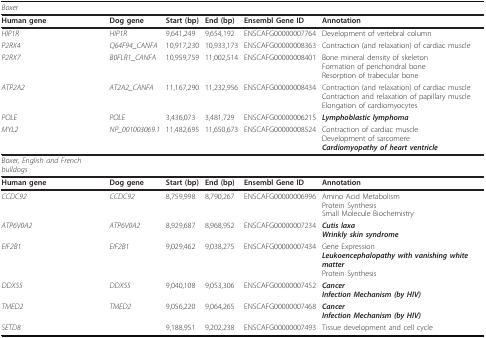
<table><thead><tr><td><b><i>Boxer</i></b></td><td></td><td></td><td></td><td></td><td></td></tr></thead><tbody><tr><td><b>Human gene</b></td><td><b>Dog gene</b></td><td><b>Start (bp)</b></td><td><b>End (bp)</b></td><td><b>Ensembl Gene ID</b></td><td><b>Annotation</b></td></tr><tr><td><i>HIP1R</i></td><td><i>HIP1R</i></td><td>9,641,249</td><td>9,654,192</td><td>ENSCAFG00000007764</td><td>Development of vertebral column</td></tr><tr><td><i>P2RX4</i></td><td><i>Q64F94_CANFA</i></td><td>10,917,230</td><td>10,933,173</td><td>ENSCAFG00000008363</td><td>Contraction (and relaxation) of cardiac muscle</td></tr><tr><td><i>P2RX7</i></td><td><i>B0FLR1_CANFA</i></td><td>10,959,759</td><td>11,002,514</td><td>ENSCAFG00000008401</td><td>Bone mineral density of skeletonFormation of perichondral boneResorption of trabecular bone</td></tr><tr><td><i>ATP2A2</i></td><td><i>AT2A2_CANFA</i></td><td>11,167,290</td><td>11,232,956</td><td>ENSCAFG00000008434</td><td>Contraction (and relaxation) of cardiac muscleContraction and relaxation of papillary muscleElongation of cardiomyocytes</td></tr><tr><td><i>POLE</i></td><td><i>POLE</i></td><td>3,436,073</td><td>3,481,729</td><td>ENSCAFG00000006215</td><td><b><i>Lymphoblastic lymphoma </i></b></td></tr><tr><td><i>MYL2</i></td><td><i>NP_001003069.1</i></td><td>11,482,695</td><td>11,650,673</td><td>ENSCAFG00000008524</td><td>Contraction of cardiac muscleDevelopment of sarcomere<b><i>Cardiomyopathy of heart ventricle</i></b></td></tr><tr><td><i>Boxer, English and French bulldogs</i></td><td></td><td></td><td></td><td></td><td></td></tr><tr><td><b>Human gene</b></td><td><b>Dog gene</b></td><td><b>Start (bp)</b></td><td><b>End (bp)</b></td><td><b>Ensembl Gene ID</b></td><td><b>Annotation</b></td></tr><tr><td><i>CCDC92</i></td><td><i>CCDC92</i></td><td>8,759,998</td><td>8,790,267</td><td>ENSCAFG00000006996</td><td>Amino Acid MetabolismProtein SynthesisSmall Molecule Biochemistry</td></tr><tr><td><i>ATP6V0A2</i></td><td><i>ATP6V0A2</i></td><td>8,929,687</td><td>8,968,952</td><td>ENSCAFG00000007234</td><td><b><i>Cutis laxa</i></b><b><i>Wrinkly skin syndrome</i></b></td></tr><tr><td><i>EIF2B1</i></td><td><i>EIF2B1</i></td><td>9,029,462</td><td>9,038,275</td><td>ENSCAFG00000007434</td><td>Gene Expression<b><i>Leukoencephalopathy with vanishing white matter</i></b>Protein Synthesis</td></tr><tr><td><i>DDX55</i></td><td><i>DDX55</i></td><td>9,040,108</td><td>9,053,306</td><td>ENSCAFG00000007452</td><td><b><i>Cancer</i></b><b><i>Infection Mechanism (by HIV)</i></b></td></tr><tr><td><i>TMED2</i></td><td><i>TMED2</i></td><td>9,056,220</td><td>9,064,265</td><td>ENSCAFG00000007468</td><td><b><i>Cancer</i></b><b><i>Infection Mechanism (by HIV)</i></b></td></tr><tr><td><i>SETD8</i></td><td></td><td>9,188,951</td><td>9,202,238</td><td>ENSCAFG00000007493</td><td>Tissue development and cell cycle</td></tr></tbody></table>